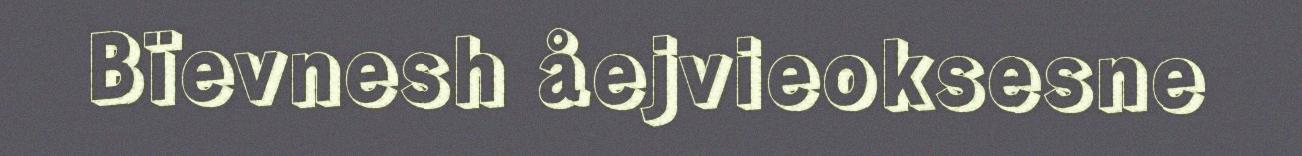
Bïevnesh åejvieoksesne